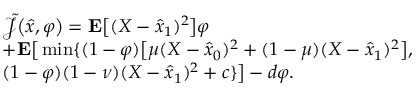
\begin{array} { r l } & { \tilde { \mathcal { J } } \big ( \hat { x } , \varphi \big ) = \mathbf { E } \big [ ( X - \hat { x } _ { 1 } ) ^ { 2 } \big ] \varphi } \\ & { + \mathbf { E } \big [ \operatorname* { m i n } \{ ( 1 - \varphi ) \big [ \mu ( X - \hat { x } _ { 0 } ) ^ { 2 } + ( 1 - \mu ) ( X - \hat { x } _ { 1 } ) ^ { 2 } \big ] , } \\ & { ( 1 - \varphi ) ( 1 - \nu ) ( X - \hat { x } _ { 1 } ) ^ { 2 } + c \} \big ] - d \varphi . } \end{array}